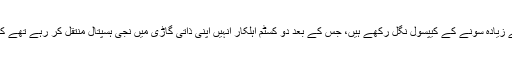
اسکیننگ کے بعد خواتین نے اعتراف کیا کہ دونوں نے 30 سے زیادہ سونے کے کیپسول نگل رکھے ہیں، جس کے بعد دو کسٹم اہلکار انہیں اپنی ذاتی گاڑی میں نجی ہسپتال منتقل کر رہے تھے کہ جرائم پیشہ افراد نے حملہ کرکے دونوں خواتین کو اغوا کرلیا۔